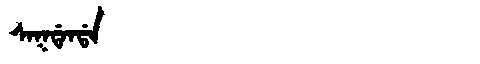
Manchu: ᠰᠠᡴᡩᠠᠨᡩᠠ
Romanization: SAKDANDA